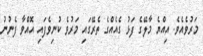
މަރުވެއެވެ. އިއްޔެ މާލޭގެ ފަޅު ގެއެއްގެ ތެރޭގައި މަރުވެ ކުނިވެފައި އޮއްވާ ފެނުނު